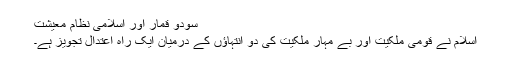
سودو قمار اور اسلامی نظام معیشت
اسلام نے قومی ملکیت اور بے مہار ملکیت کی دو انتہاؤں کے درمیان ایک راہِ اعتدال تجویز ہے۔